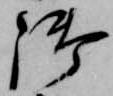
御